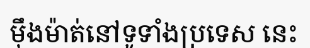
ម៉ឹងម៉ាត់នៅទូទាំងប្រទេស នេះ